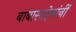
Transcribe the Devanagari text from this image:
बाबासाहेबांनीं